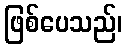
ဖြစ်ပေသည်၊